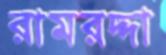
রামরদ্দা